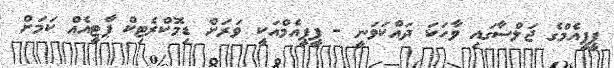
ޕީޕީއެމްގެ ޖަލްސާގައި ވާހަކަ ދައްކަވަނީ - ޕީޕީއެމްއަކީ ވަރަށް ޑިމޮކްރެޓިކް ޕާޓީއެއް ކަމަށް